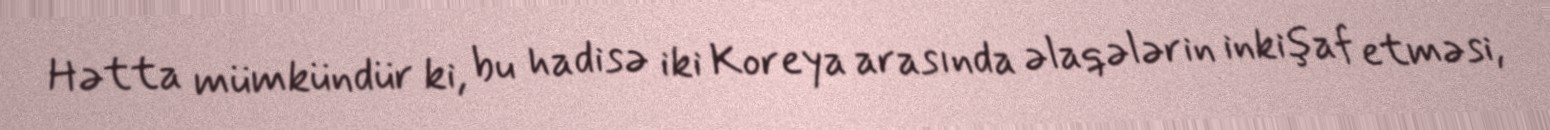
Hətta mümkündür ki, bu hadisə iki Koreya arasında əlaqələrin inkişaf etməsi,